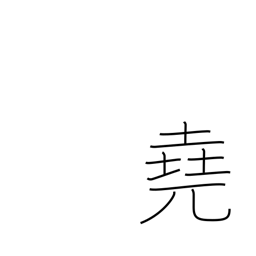
Meaning: far